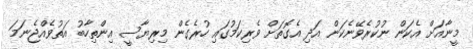
މީނާއަށް އެކަން ނުކުރެވޭނެކަން އަދި އެގޮތަށް ވެރިކަމުގައި ހުރެގެން މިރިޔާސީ އިންތިހާބު އަތުވެއްޖެނަމަ